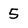
Character: 5